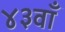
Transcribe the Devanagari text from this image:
४३वाँ